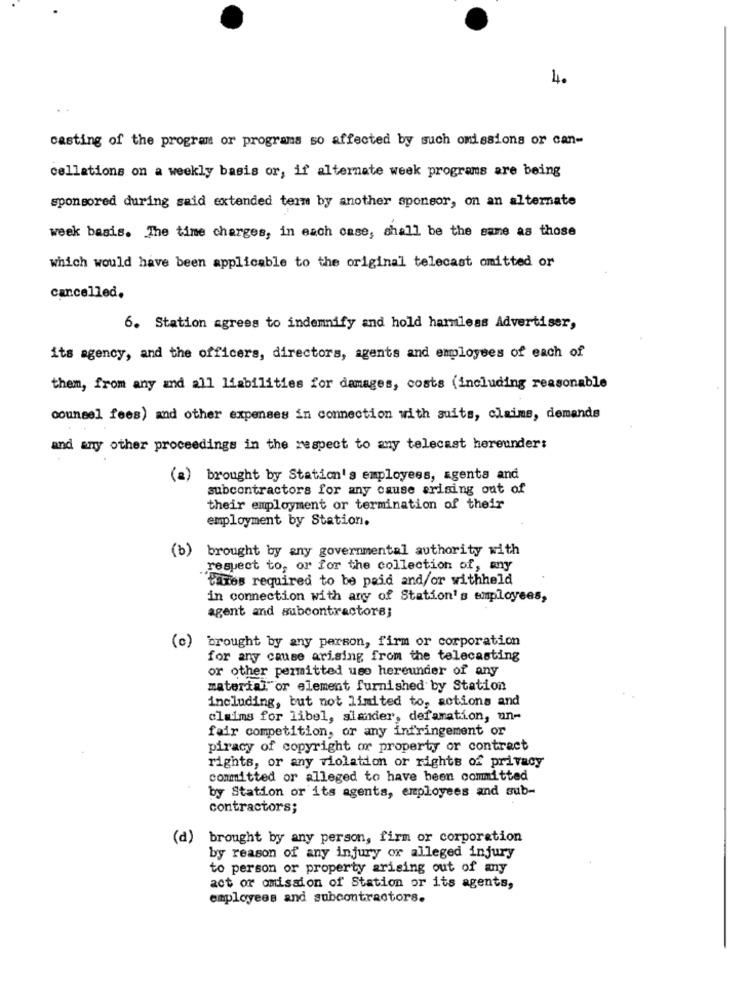
4.
casting of the program or programs so affected by such omissions or can-
cellations on a weekly basis or, if alternate week programs are being
sponsored during said extended term by another sponsor, on an alternate
week basis. The time charges, in each case, shall be the same as those
which would have been applicable to the original telecast omitted or
cancelled.
6. Station agrees to indemnify and hold harmless Advertiser,
its agency, and the officers, directors, agents and employees of each of
them, from any and all liabilities for damages, costs (including reasonable
counsel fees) and other expenses in connection with suits, claims, demands
and any other proceedings in the respect to any telecast hereunder:
(a) brought by Station's employees, agents and
subcontractors for any cause arising out of
their employment or termination of their
employment by Station.
(b) brought by any governmental authority with
respect to, or for the collection of, any
bares required to be paid and/or withheld
in connection with any of Station's employees,
agent and subcontractors;
(c)
brought by any person, firm or corporation
for any cause arising from the telecasting
or other permitted uso hereunder of any
material" or element furnished by Station
including, but not limited to, actions and
claims for libel, slander, defamation, un-
fair competition, or any infringement or
piracy of copyright or property or contract
rights, or any violation or rights of privacy
committed or alleged to have been committed
by Station or its agents, employees and sub-
contractors;
(d) brought by any person, firm or corporation
by reason of any injury or alleged injury
to person or property arising out of any
act or omission of Station or its agents,
employees and subcontractors.